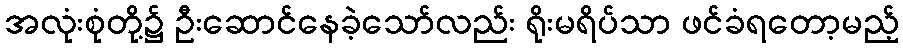
အလုံးစုံတို့၌ ဦးဆောင်နေခဲ့သော်လည်း ရိုးမရိပ်သာ ဖင်ခံရတော့မည့်